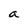
Character: a